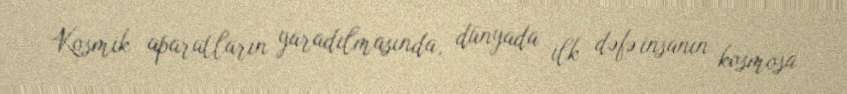
Kosmik aparatların yaradılmasında, dünyada ilk dəfə insanın kosmosa